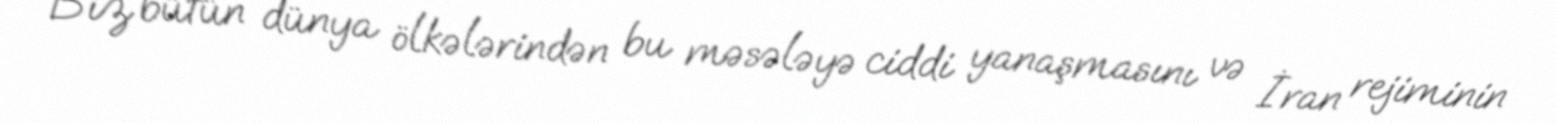
Biz bütün dünya ölkələrindən bu məsələyə ciddi yanaşmasını və İran rejiminin